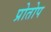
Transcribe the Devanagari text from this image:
प्रोतोप